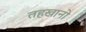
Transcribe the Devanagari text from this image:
तहखानो